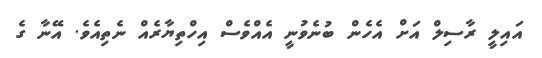
އައިލީ ރާސިލް އަށް އެހެން ބުނެވުނީ އެއްވެސް އިހްތިޔާރެއް ނެތިއެވެ. އޭނާ ގެ